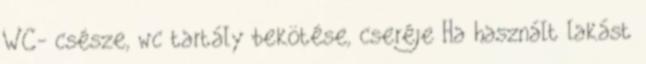
WC- csésze, wc tartály bekötése, cseréje Ha használt lakást